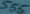
Text: 555